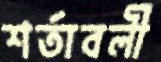
শর্তাবলী